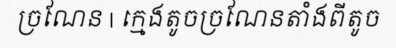
ច្រណែន | ក្មេងតូចច្រណែនតាំងពីតូច